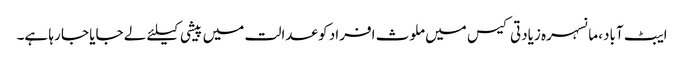
ایبٹ آباد، مانسہرہ زیادتی کیس میں ملوث افراد کو عدالت میں پیشی کیلئے لے جایا جا رہا ہے۔